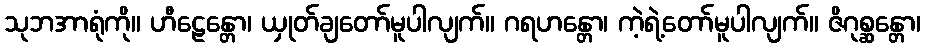
သုဘအာရုံကို။ ဟီဠေန္တော၊ ယှုတ်ချတော်မူပါလျက်။ ဂရဟန္တော၊ ကဲ့ရဲ့တော်မူပါလျက်။ ဇိဂုစ္ဆန္တော၊